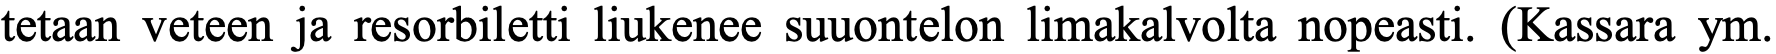
tetaan veteen ja resorbiletti liukenee suuontelon limakalvolta nopeasti. (Kassara ym.